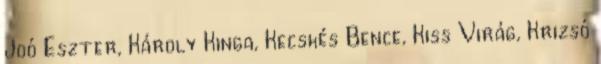
Joó Eszter, Károly Kinga, Kecskés Bence, Kiss Virág, Krizsó